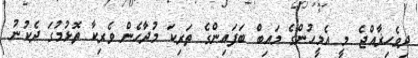
ދިވެހިޜާއްޖެ މީ އެމީހުންގެ މައިބް ބަފައިންގެ ތަރިކަ މުދާހެން ވެރިކާ ތޮޅުމުގަ ދެކުނު